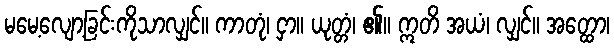
မမေ့လျော့ခြင်းကိုသာလျှင်။ ကာတုံ၊ ငှာ။ ယုတ္တံ၊ ၏။ ဣတိ အယံ၊ လျှင်။ အတ္ထော၊